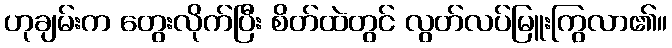
ဟုချမ်းက တွေးလိုက်ပြီး စိတ်ထဲတွင် လွတ်လပ်မြူးကြွလာ၏။